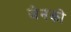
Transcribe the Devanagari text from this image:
जेनको